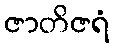
ဇာတိဇရံ